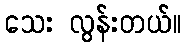
သေး လွန်းတယ်။